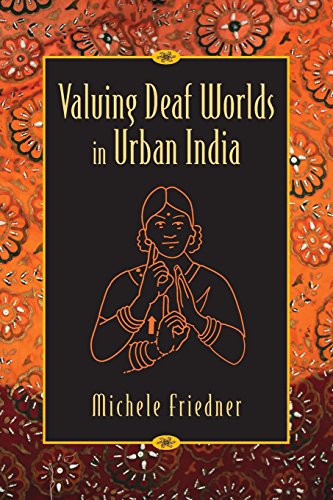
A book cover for Valuing Deaf Worlds in Urban India; Michele Ilana Friedner; Health, Fitness & Dieting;